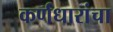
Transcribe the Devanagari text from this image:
कर्णधारांचा